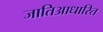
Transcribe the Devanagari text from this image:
जातिआधारित